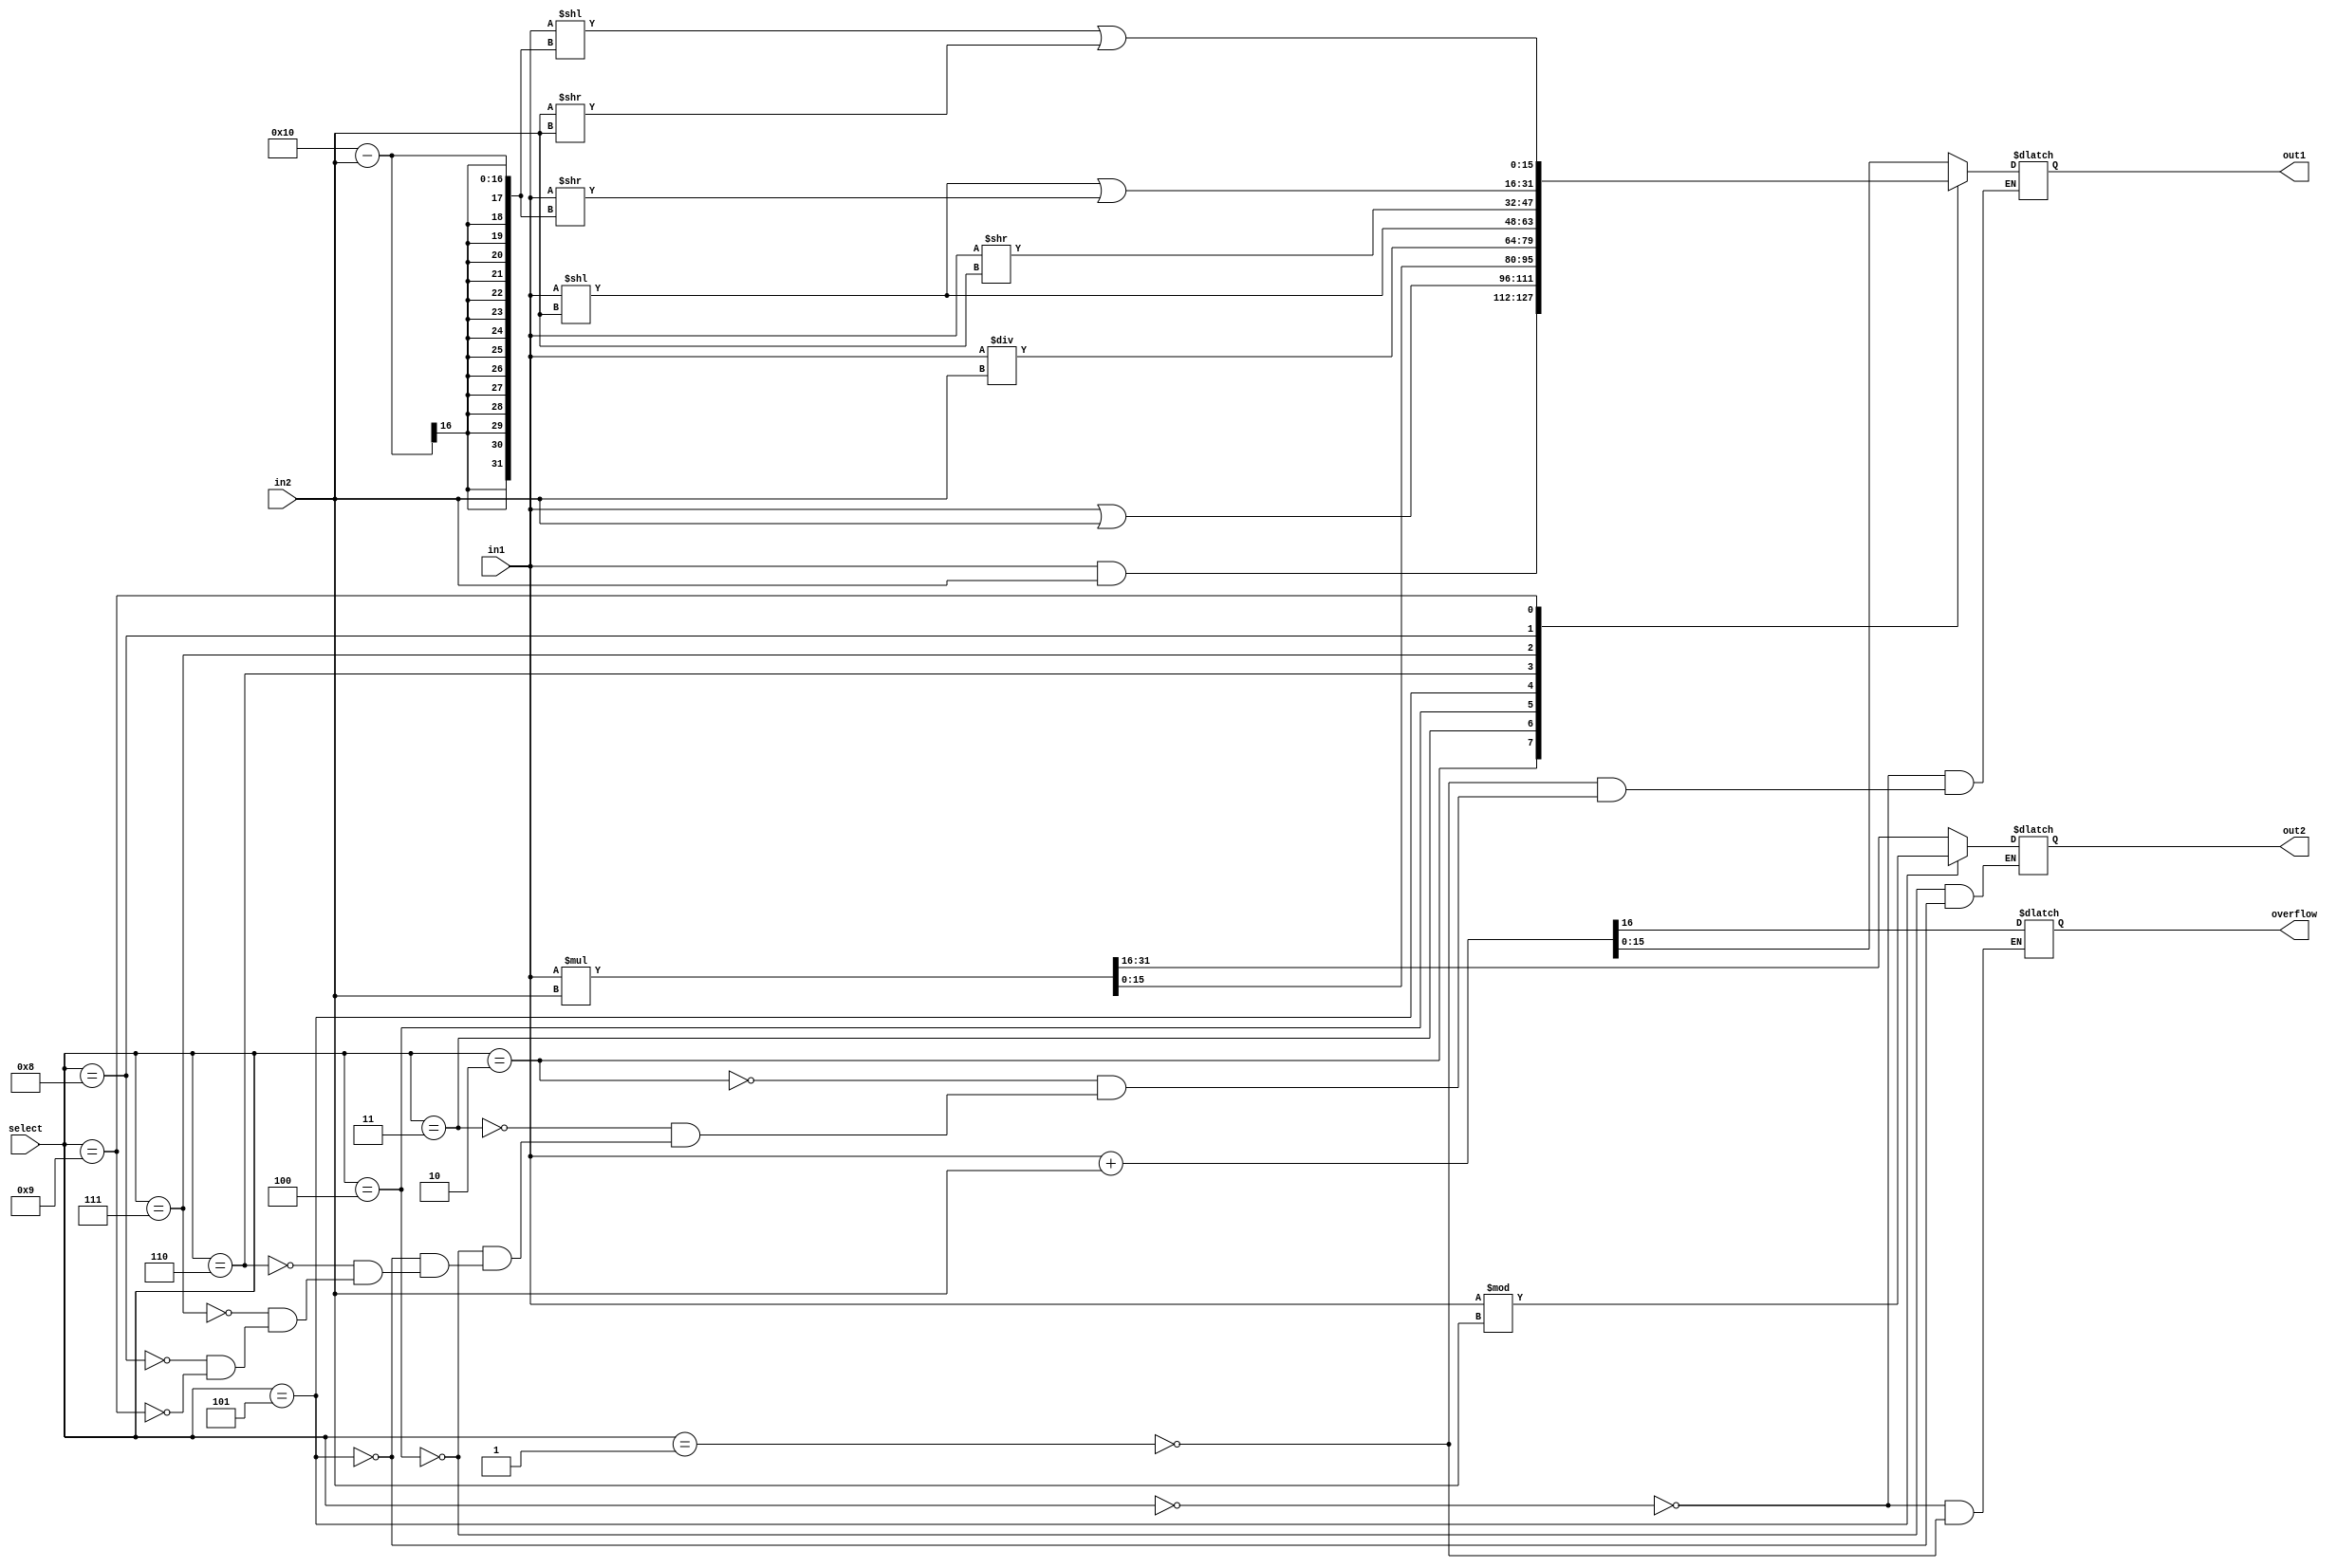
module alu(in1, in2, select, overflow, out2, out1);
	input signed [15:0] in1, in2;
	input [3:0] select;
	output reg overflow;
	output reg signed[15:0] out1, out2;

	always @(*)
	begin
		//no need for zero bit
		case(select)
			0: begin
				{overflow,out1} = in1+in2;//can i do that
			end
			1: begin
				{overflow,out1} = in1+in2;
			end
			2: begin
				out1 = in1&in2;
			end
			3: begin
				out1 = in1|in2;
			end
			4: begin
				{out2,out1} = in1*in2;
			end
			5: begin
				out1 = in1/in2;
				out2 = in1%in2;
			end
			6: begin
				out1 = in1<<in2;
			end
			7: begin
				out1 = in1>>in2;
			end
			8: begin
				out1 = {(in1<<in2)|(in1>>(16-in2))};
			end
			9: begin
				out1 = {(in1<<(16-in2))|(in2>>in2)};
			end
		endcase
	end
endmodule